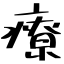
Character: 療